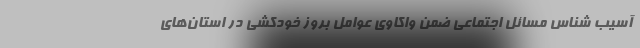
آسیب شناس مسائل اجتماعی ضمن واکاوی عوامل بروز خودکشی در استان‌های